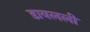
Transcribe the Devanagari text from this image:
डावलली